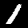
Label: 1